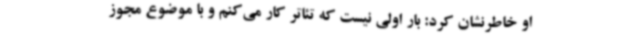
او خاطرنشان کرد: بار اولی نیست که تئاتر کار می‌کنم و با موضوع مجوز